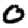
Digit: 0